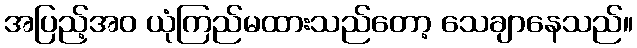
အပြည့်အဝ ယုံကြည်မထားသည်တော့ သေချာနေသည်။